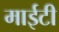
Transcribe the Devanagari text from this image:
माईटी